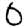
Digit: 0